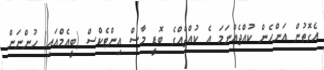
އެގޮތުން އަންހެން ކުއްޖެއްނަމަ އެ ކުއްޖެެއްގެ ބޮޑީ މާސް އިންޓެކްސް (ބީއެމްއައި) ހުންނަން